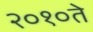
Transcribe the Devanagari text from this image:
२०१०ते